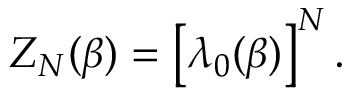
Z _ { N } ( \beta ) = \left[ \lambda _ { 0 } ( \beta ) \right] ^ { N } .